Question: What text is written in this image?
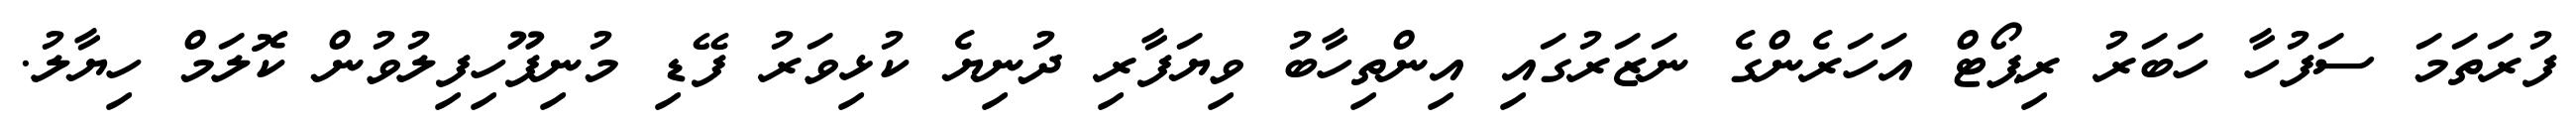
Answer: ފުރަތަމަ ސަފުހާ ހަބަރު ރިޕޯޓް އަހަރެންގެ ނަޒަރުގައި އިންތިހާބު ވިޔަފާރި ދުނިޔެ ކުޅިވަރު ފޭޑި މުނިފޫހިފިލުވުން ކޮލަމް ހިޔާލު.